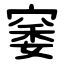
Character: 䆧